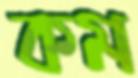
কম